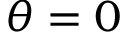
\theta = 0